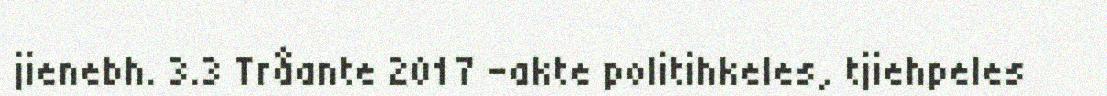
jienebh. 3.3 Tråante 2017 –akte politihkeles, tjiehpeles